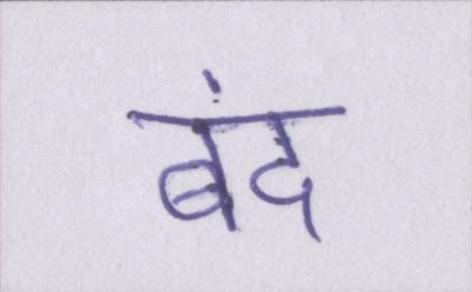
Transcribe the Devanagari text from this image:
बंद